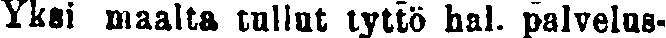
Yksi maalta tullut tyttö hal. palvelus-